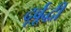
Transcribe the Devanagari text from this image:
दूर्बूद्धी